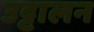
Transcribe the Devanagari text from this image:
उट्टालन